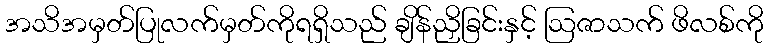
အသိအမှတ်ပြုလက်မှတ်ကိုရရှိသည် ချိန်ညှိခြင်းနှင့် ဩဇာသက် ဖိလစ်ကို